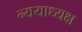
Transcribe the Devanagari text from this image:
न्ययाध्यक्ष